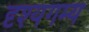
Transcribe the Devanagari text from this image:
दृश्यगम्य